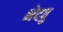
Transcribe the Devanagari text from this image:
भेदषु